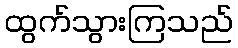
ထွက်သွားကြသည်